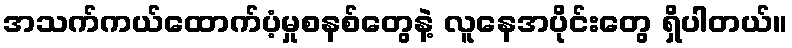
အသက်ကယ်ထောက်ပံ့မှုစနစ်တွေနဲ့ လူနေအပိုင်းတွေ ရှိပါတယ်။